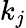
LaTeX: k_{j}